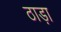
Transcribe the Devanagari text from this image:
ठाड़ा